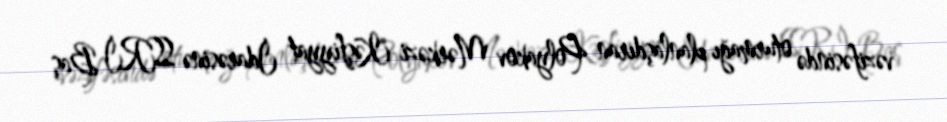
vəzifəsində oturmağı planlaşdıran Polyakov Mərkəzi Kəşfiyyat İdarəsinə SSRİ Baş